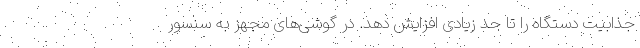
جذابیت دستگاه را تا حد زیادی افزایش دهد. در گوشی‌های مجهز به سنسور